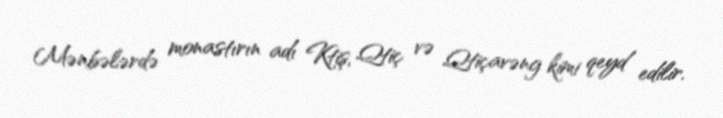
Mənbələrdə monastırın adı Ktiş, Qtiç və Qtiçavəng kimi qeyd edilir.